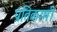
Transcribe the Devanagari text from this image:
प्रतिकामी